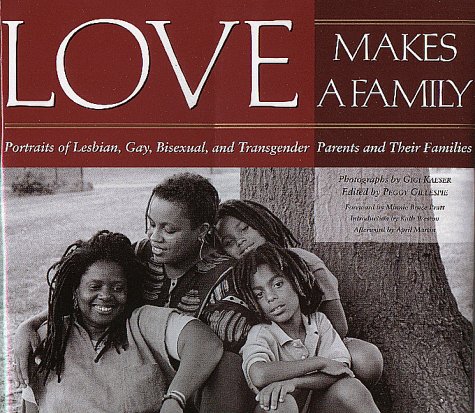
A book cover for Love Makes a Family: Portraits of Lesbian, Gay, Bisexual, and Transgendered Parents and Their Families; Gay & Lesbian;